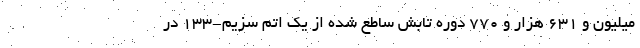
میلیون و ۶۳۱ هزار و ۷۷۰ دوره تابش ساطع شده از یک اتم سزیم-۱۳۳ در